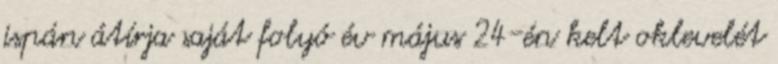
ispán átírja saját folyó év május 24-én kelt oklevelét